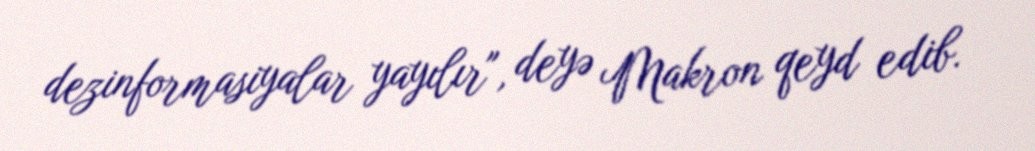
dezinformasiyalar yayılır", deyə Makron qeyd edib.